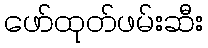
ဖော်ထုတ်ဖမ်းဆီး